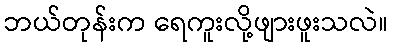
ဘယ်တုန်းက ရေကူးလို့ဖျားဖူးသလဲ။